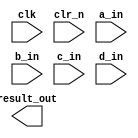
/*******************************************************************************
* Copyright (C) 2018-2022 Intel Corporation
*
* This code and the related documents are Intel copyrighted materials, and
* your use of them is governed by the express license under which they were
* provided to you ("License"). Unless the License provides otherwise, you may
* not use, modify, copy, publish, distribute, disclose or transmit this
* code or the related documents without Intel's prior written permission.
*
* This code and the related documents are provided as is, with no express
* or implied warranties, other than those that are expressly stated in the
* License.
*
*******************************************************************************/

module mult
	//  Add an additional parameter that allows you to select 
	//         between a pipelined and a non-pipelined implementation
	#(parameter AWIDTH = 8, BWIDTH = 9, CWIDTH = 10, DWIDTH = 11)
	(
	input clk, clr_n,
	input [AWIDTH-1:0] a_in,
	input [BWIDTH-1:0] b_in,
	input [CWIDTH-1:0] c_in,
	input [DWIDTH-1:0] d_in,
	output [(AWIDTH+BWIDTH+CWIDTH+DWIDTH)-1:0] result_out
);

	//  Add generate (if-else or case) to allow the parameter to choose
	//      between an instantiation of a non-pipelined or a pipelined 
	//      multiplier implementation.  Set the non-pipelined implementation
	//      as the default.
		
	

endmodule